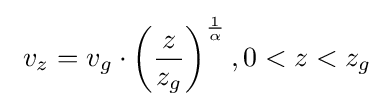
\ v_{z}=v_{g}\cdot \left({\frac {z}{z_{g}}}\right)^{\frac {1}{\alpha }},0<z<z_{g}